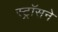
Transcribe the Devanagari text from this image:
स्ट्रॉसने